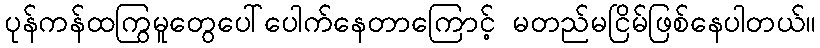
ပုန်ကန်ထကြွမူတွေပေါ်ပေါက်နေတာကြောင့် မတည်မငြိမ်ဖြစ်နေပါတယ်။